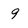
Character: 9